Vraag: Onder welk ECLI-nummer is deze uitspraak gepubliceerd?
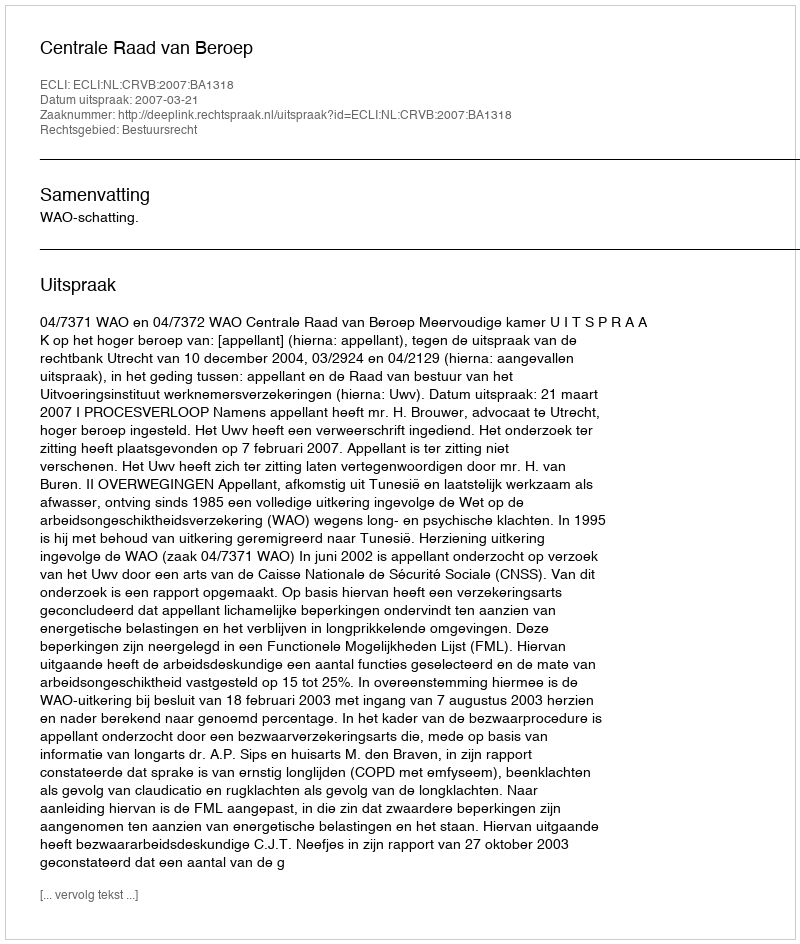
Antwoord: ECLI:NL:CRVB:2007:BA1318